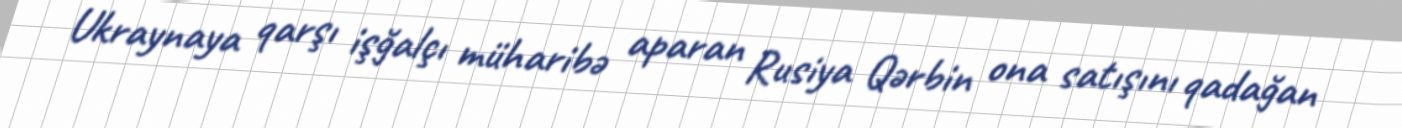
Ukraynaya qarşı işğalçı müharibə aparan Rusiya Qərbin ona satışını qadağan